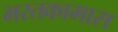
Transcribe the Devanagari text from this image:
भरतकामास